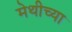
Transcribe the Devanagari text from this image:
मेथीच्या